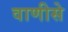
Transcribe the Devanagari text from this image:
वाणीसे